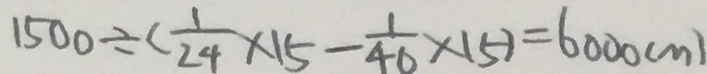
1 5 0 0 \div ( \frac { 1 } { 2 4 } \times 1 5 - \frac { 1 } { 4 0 } \times 1 5 ) = 6 0 0 0 ( m )